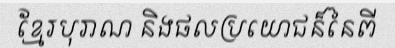
ខ្មែរបុរាណ និងផលប្រយោជន៏នៃពី